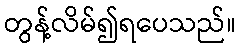
တွန့်လိမ်၍ရပေသည်။